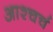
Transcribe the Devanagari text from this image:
आश्चर्च